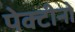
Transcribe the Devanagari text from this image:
पेक्टीनो